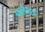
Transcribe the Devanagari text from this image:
फलेशड